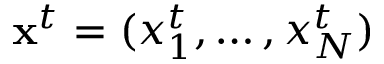
{ \bf x } ^ { t } = ( x _ { 1 } ^ { t } , \dots , x _ { N } ^ { t } )